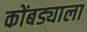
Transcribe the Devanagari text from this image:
कोंबड्याला